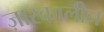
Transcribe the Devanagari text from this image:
ज़ारकालीन